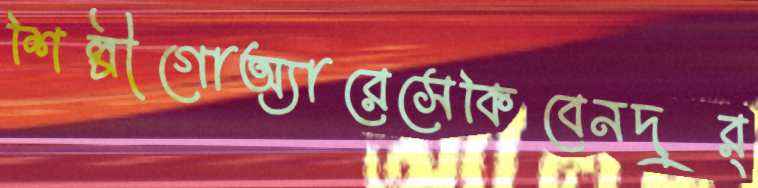
শিল্পীগোঅ্যারেসেকিবেনদুর্